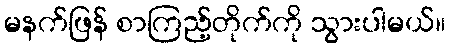
မနက်ဖြန် စာကြည့်တိုက်ကို သွားပါမယ်။